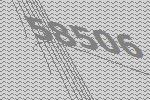
58506